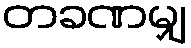
တခဏမျှ